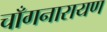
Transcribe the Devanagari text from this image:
चाँगनारायण